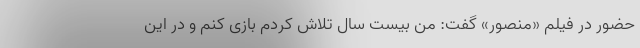
حضور در فیلم «منصور» گفت: من بیست سال تلاش کردم بازی کنم و در این